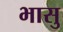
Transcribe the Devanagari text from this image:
भासु